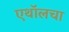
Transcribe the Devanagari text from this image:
एथॉलचा